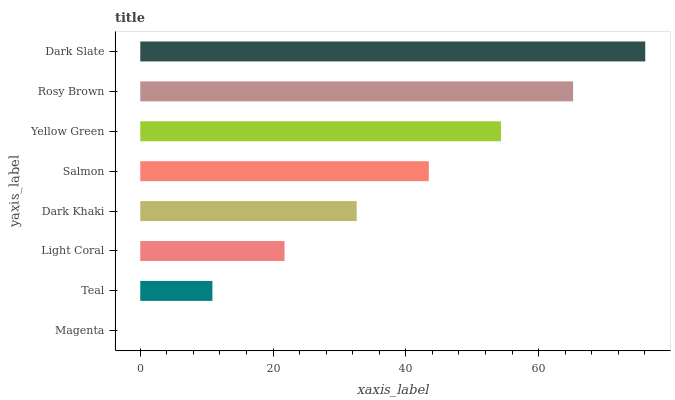
| yaxis_label | bars |
 | --- | --- |
 | Magenta | 0 |
 | Teal | 10.9 |
 | Light Coral | 21.7 |
 | Dark Khaki | 32.6 |
 | Salmon | 43.5 |
 | Yellow Green | 54.3 |
 | Rosy Brown | 65.2 |
 | Dark Slate | 76.1 |